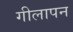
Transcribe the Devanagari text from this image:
गीलापन